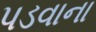
પડવાના